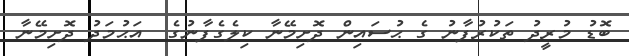
ބޮޑު މުރީދު ތަކުރުފާނު ގެ ޙުސައިން ދޮށިމޭނާ ކިލެގެފާނުގެ  އަޙުމަދު ދޮށިމޭނާ